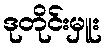
ဒုတိုင်းမှူး